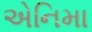
એનિમા